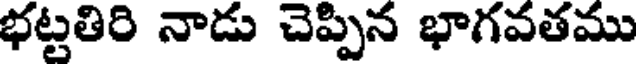
భట్టతిరి నాడు చెప్పిన భాగవతము